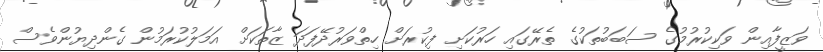
ވަޒީފާއިން ވަކިކުރުމުގެ ސަބަބުތަކުގެ ތެރޭގައި ހަރުކަށި ފިކުރަށް ހިތްވަރުދޭފަދަ ޒާތަކަށް އަމަލުކުރަމުން ގެންދިޔުންވެސް